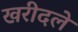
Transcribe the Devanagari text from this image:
खरीदले